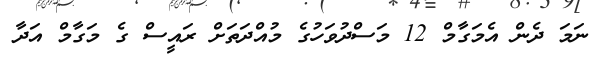
ނަމަ ދެން އެމަގާމް 12 މަސްދުވަހުގެ މުއްދަތަށް ރައީސް ގެ މަގާމް އަދާ